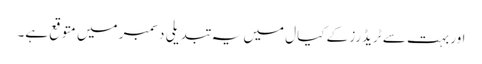
اور بہت سے ٹریڈرز کے کیال میں یہ تبدیلی دسمبر میں متوقع ہے۔